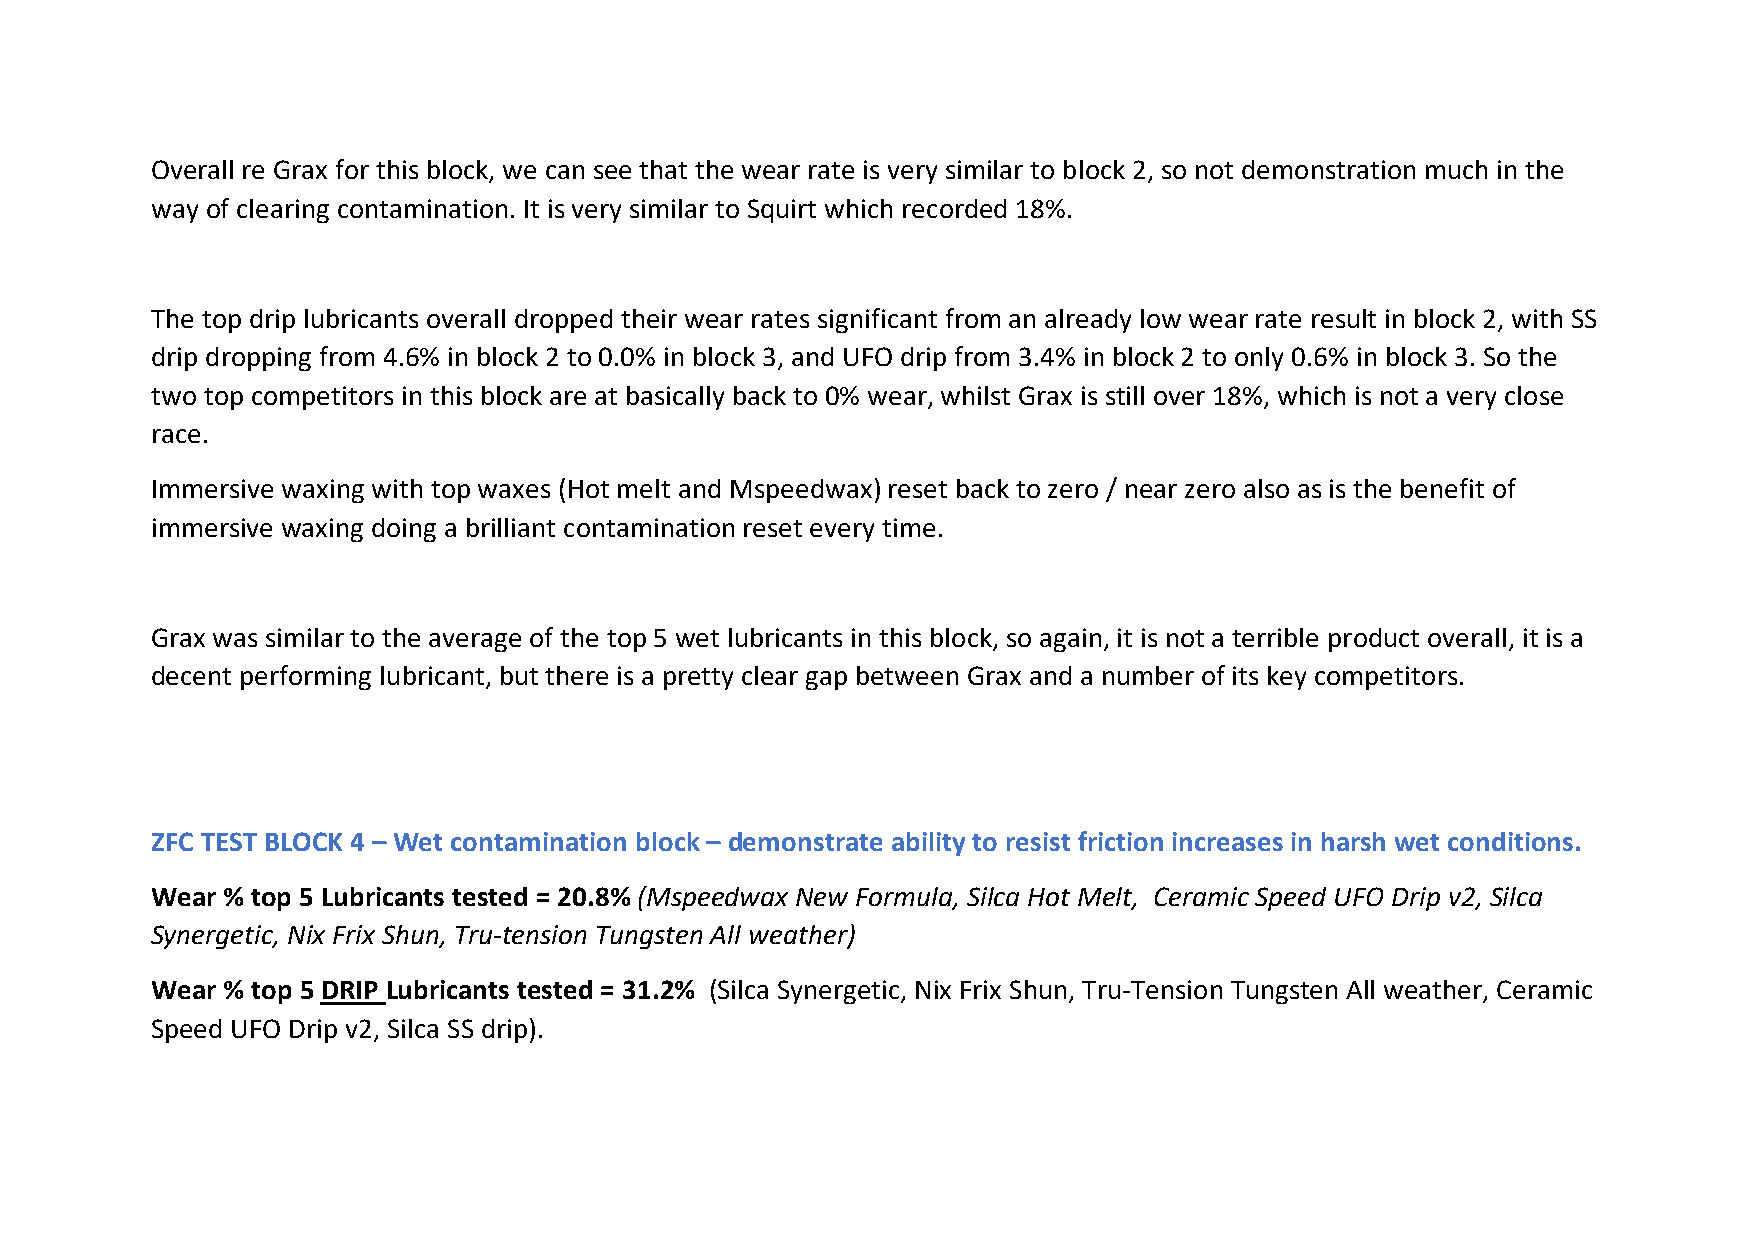
Overall re Grax for this block, we can see that the wear rate is very similar to block 2, so not demonstration much in the
 way of clearing contamination. It is very similar to Squirt which recorded 18%.
 The top drip lubricants overall dropped their wear rates significant from an already low wear rate result in block 2, with SS
 drip dropping from 4.6% in block 2 to 0.0% in block 3, and UFO drip from 3.4% in block 2 to only 0.6% in block 3. So the
 two top competitors in this block are at basically back to 0% wear, whilst Grax is still over 18%, which is not a very close
 race.
 Immersive waxing with top waxes (Hot melt and Mspeedwax) reset back to zero / near zero also as is the benefit of
 immersive waxing doing a brilliant contamination reset every time.
 Grax was similar to the average of the top 5 wet lubricants in this block, so again, it is not a terrible product overall, it is a
 decent performing lubricant, but there is a pretty clear gap between Grax and a number of its key competitors.
 ZFC TEST BLOCK 4 – Wet contamination block – demonstrate ability to resist friction increases in harsh wet conditions.
 Wear % top 5 Lubricants tested = 20.8% (Mspeedwax New Formula, Silca Hot Melt, Ceramic Speed UFO Drip v2, Silca
 Synergetic, Nix Frix Shun, Tru-tension Tungsten All weather)
 Wear % top 5 DRIP Lubricants tested = 31.2% (Silca Synergetic, Nix Frix Shun, Tru-Tension Tungsten All weather, Ceramic
 Speed UFO Drip v2, Silca SS drip).